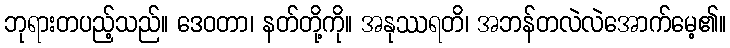
ဘုရားတပည့်သည်။ ဒေဝတာ၊ နတ်တို့ကို။ အနုဿရတိ၊ အဘန်တလဲလဲအောက်မေ့၏။